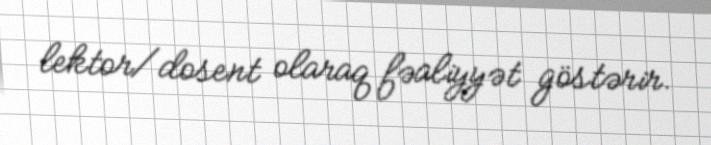
lektor/dosent olaraq fəaliyyət göstərir.